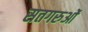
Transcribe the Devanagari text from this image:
सतगरुओं